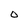
Character: 0